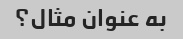
به عنوان مثال؟